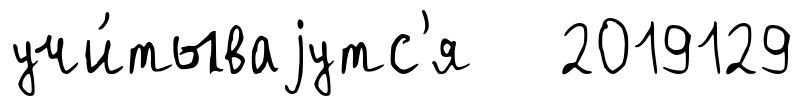
учи́тываjутс'я 2019129